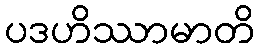
ပဒဟိဿာမာတိ